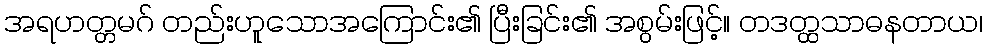
အရဟတ္တမဂ် တည်းဟူသောအကြောင်း၏ ပြီးခြင်း၏ အစွမ်းဖြင့်။ တဒတ္ထသာဓနတာယ၊